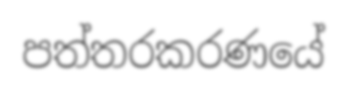
පත්තරකරණයේ